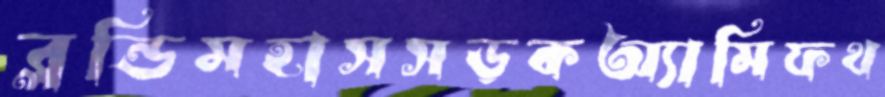
ব্লন্ডিমহাসসড়কঅ্যামিফথ